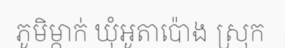
ភូមិម្កាក់ ឃុំអូតាប៉ោង ស្រុក